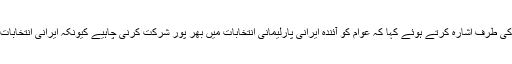
صدر حسن روحانی نے انتخابات کی اہمیت کی طرف اشارہ کرتے ہوئے کہا کہ عوام کو آئندہ ایرانی پارلیمانی انتخابات میں بھر پور شرکت کرنی چاہیے کیونکہ ایرانی انتخابات ایرانی قوم اور ملک کی نجات کا مظہر ہیں۔